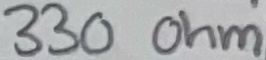
Text: 330 Ohm